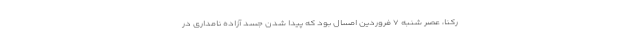
رکنا، عصر شنبه ۷ فروردین امسال بود که پیدا شدن جسد آزاده نامداری در